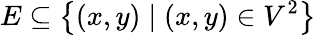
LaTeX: E\subseteq\left\{ (x,y)\mid(x,y)\in V^{2}\right\}